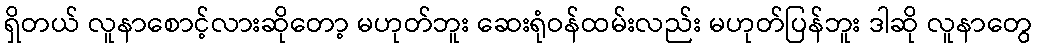
ရှိတယ် လူနာစောင့်လားဆိုတော့ မဟုတ်ဘူး ဆေးရုံဝန်ထမ်းလည်း မဟုတ်ပြန်ဘူး ဒါဆို လူနာတွေ